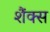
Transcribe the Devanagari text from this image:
शैंक्स